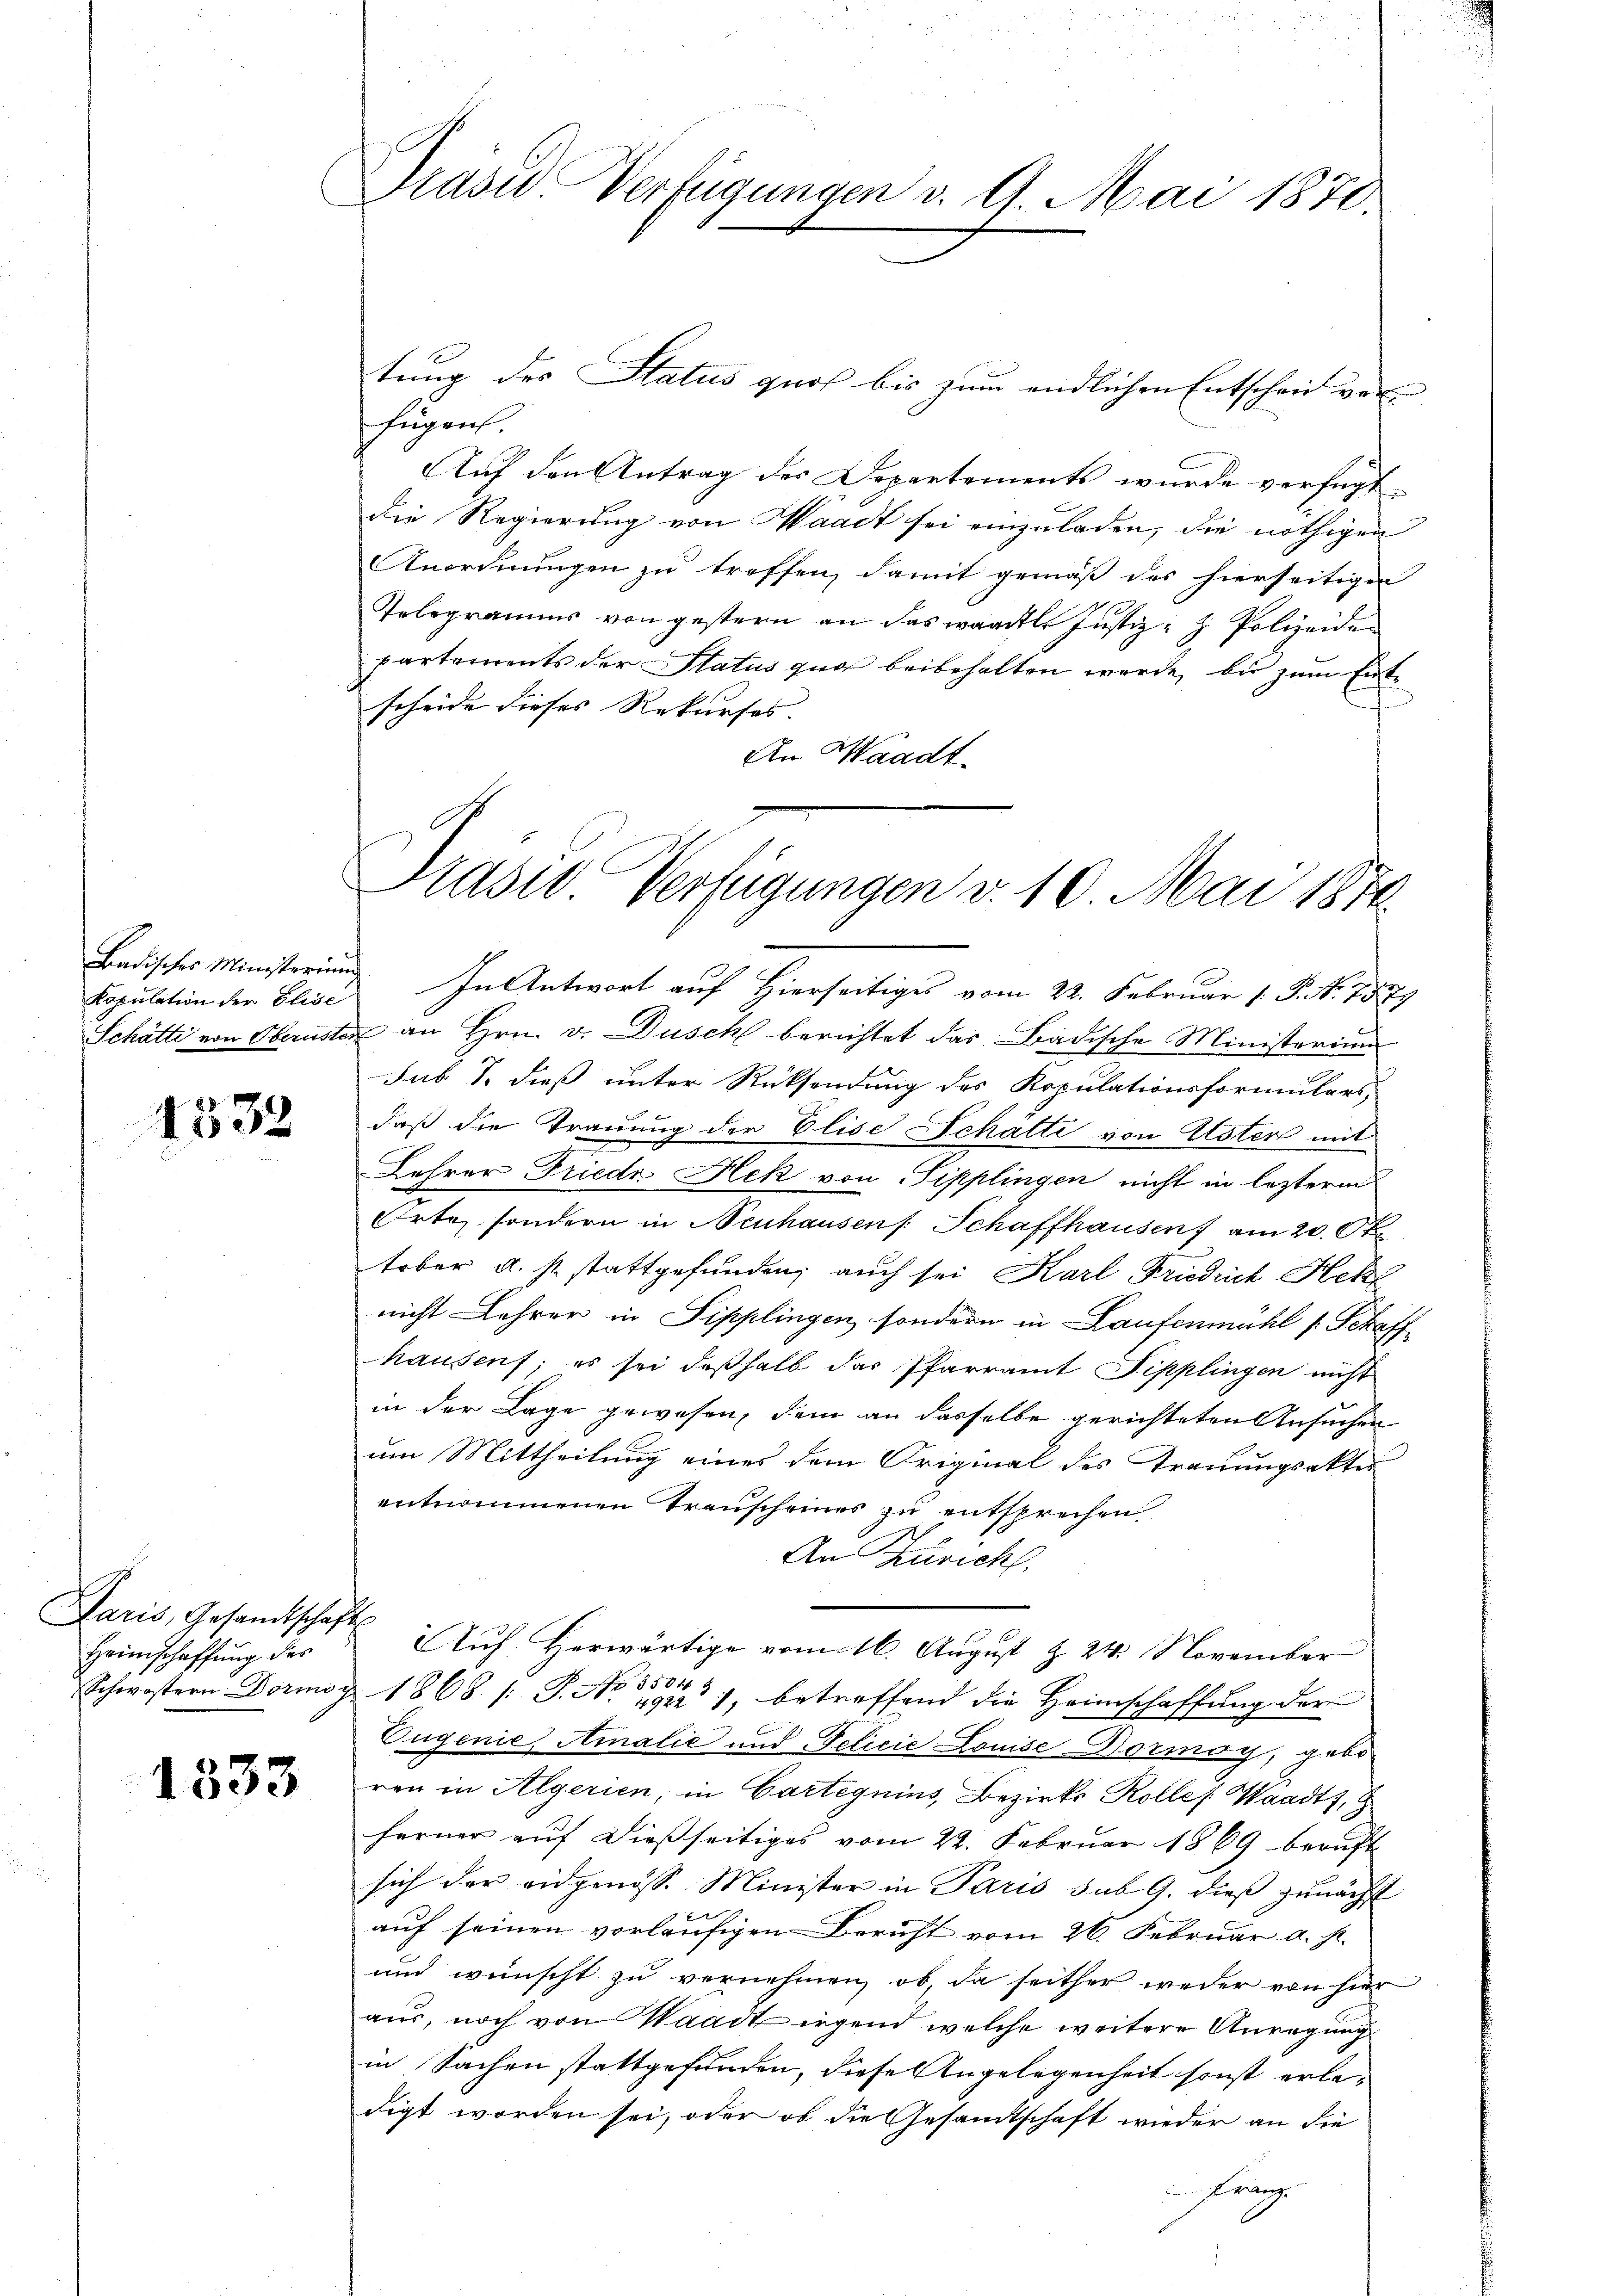
Kapulation der Elise

1532

Paris, Gesandtschaft
Heimschaffung der

1333

Prau Verfügungen v. 9. Mai 1870.

tung des Status quo bis zum endlichen Entschein verfügen.
Auf den Antrag des Departements wurde verfügt,
die Regierung von Waadt sei einzuladen, die nöthigen
Anordnungen zu treffen, damit gemäß des hierseitigen
Telegramms von gestern an das waadtl. Justiz- & Polizeiden
partements der Status quo beibehalten werde, bis zum Entscheide dieses Rekurses.
An Waadt

Präsid. Verfügungen v. 10. Mai 1874.

Badisches Ministeriung. In Antwort auf Hierseitiges vom 22. Februar 1. Feb. 1879
Schätte von Obernsten an Hrn. v. Dusch berichtet das Badische Ministerium
sub T. dieß unter Rücksendung des Kopulationsformulars,
daß die Trauung der Elise Schätte von Ester mit
Lehrer Friede Hek von Pipplingen nicht in lezterm
Orte, sondern in Neuhausen Schaffhausen am 20. 67.
tober u. s. stattgefunden; auch sei Karl Friedrich Hehl
nicht Lehrer in Sipplingen, sondern in Laufenmühl [Schaff-
hausenf; es sei deßhalb das Pfarramt Dipplingen nicht
in der Lage gewesen, dem an dasselbe gerichteten Ansuchen
um Mittheilung eines dem Original des Trauungsakter
entnommenen Trauscheines zu entsprechen.
An Züricht.
Auf Herwärtige vom 16. August & 24. November
8504
Schwestern Dormog 1868 /: P. No 2922 1, betreffend die Heimschaffung der
Tugenie, Amalić und Felicie Louise-Dormoy, gebo
ren in Algerien, in Carteguins, Bezirks Kolles Waadt,
ferner aŭf dießseitiges vom 22. Februar 1869 beruft
sich der eidgenöss. Minister in Paris sub 9. dieß zunächst
auf seinen vorläufigen Bericht vom 26. Februar a. p.
und wünscht zu vernehmen, ob, da seither weder von hier
aus, noch von Waadt irgend welche weitere Anregung
in Sachen stattgefunden, diese Angelegenheit sonst erledigt worden sei, oder ob die Gesandtschaft wieder an die
Franz